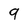
Character: 9